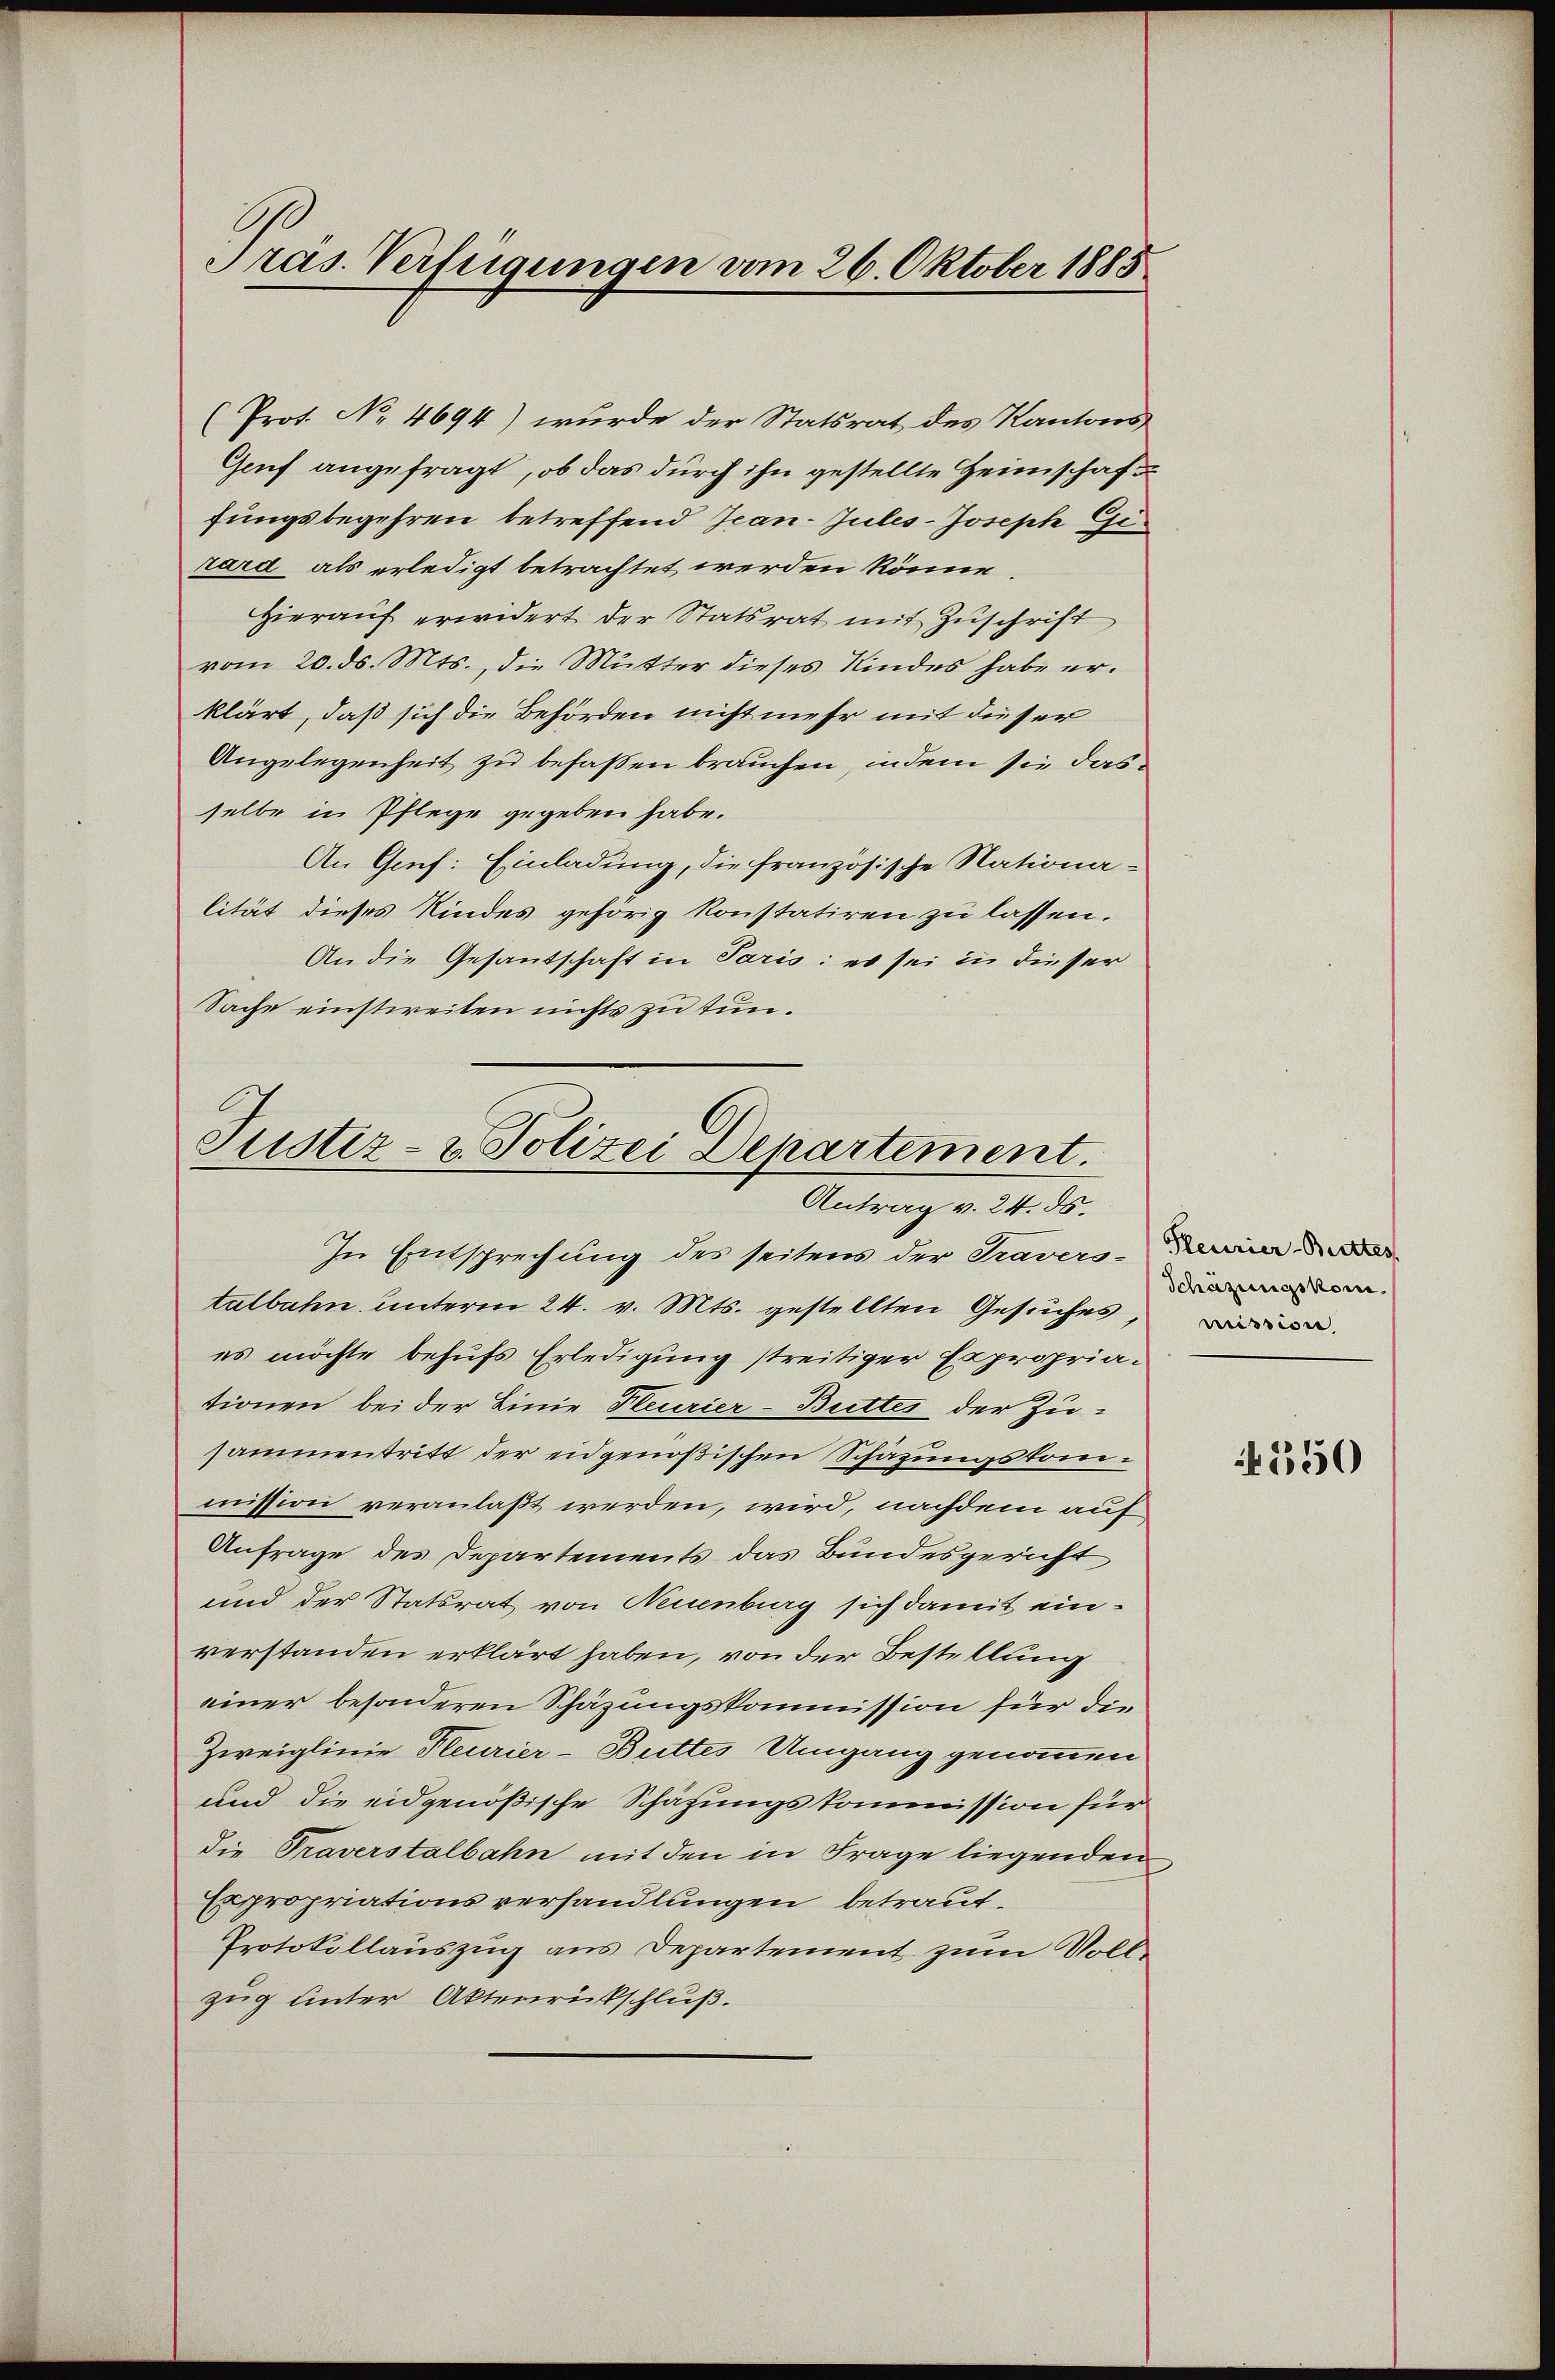
Pras. Verfügungen vom 26. Oktober 1885

(Prot. No. 4694) wurde der Statsrat des Kantons
Genf angefragt, ob das durch ihn gestellte Heimschaft
fungsbegehren betreffend Jean-Jules-Joseph Gi
rard als erledigt betrachtet werden könne.
Hierauf erwidert der Statsrat mit Zuschrift
vom 20. ds. Mts., die Mutter dieses Kindes habe erklärt, daß sich die Behörden nicht mehr mit dieser
Angelegenheit zu befassen brauchen, indem sie das
selbe in Pflege gegeben habe.
An Gruf: Einladung, die französische Nationa-
lität dieses Kindes gehörig konstatiren zu lassen.
An die Gesantschaft in Paris: es sei in dieser
Sache einstreiten nichts zu tun.

Justiz- & Polizei Departement.
Antrag v. 24. ds.

In Entsprechung des seitens der Traverstalbahn unterm 24. v. Mts. gestellten Gesuches, a
es möchte behufs Erledigung streitiger Expropriationen bei der Linie Pleurier-Buttes der Zu-
sammentritt der eidgenößischen Schazungskommission veranlaßt werden, wird, nachdem auf
Anfrage des Departements das Bundesgericht
und der Statsrat von Neuenburg sich damit einverstanden erklärt haben, von der Bestellung
einer besonderen Schäzungskommission für die
Zweiglinie Pleurier-Buttes Umgang genommen
und die eidgenößische Schafungskommission für
die Traverstalbahn mit den in Frage liegenden
Expropriationsverhandlungen betraut¬
Protokollauszug aus Departement zum Volle
zug unter Aktenrückschluß.

Fleurier-Butter,
Schäzungskom¬

4550